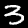
Digit: 3